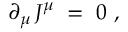
\partial _ { \mu } \, J ^ { \mu } \; = \; 0 ~ ,